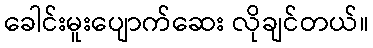
ခေါင်းမူးပျောက်ဆေး လိုချင်တယ်။